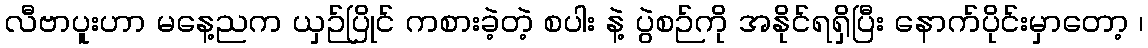
လီဗာပူးဟာ မနေ့ညက ယှဉ်ပြိုင် ကစားခဲ့တဲ့ စပါး နဲ့ ပွဲစဉ်ကို အနိုင်ရရှိပြီး နောက်ပိုင်းမှာတော့ ၊